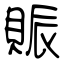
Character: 賑